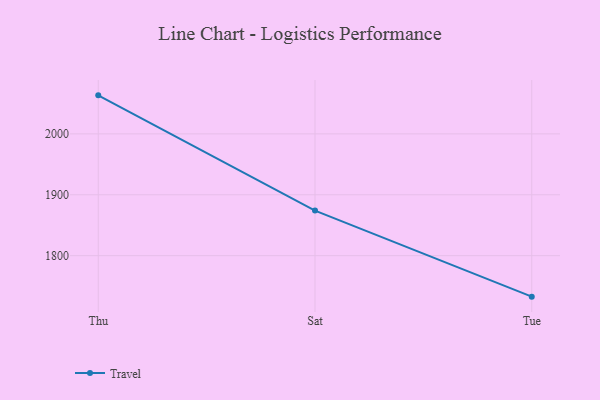
{"axis": {"x": "Day", "y": "Customer Acquisition Cost (USD)"}, "legend": ["Travel"], "data": [{"x": "Thu", "y": 2063.3, "type": "Travel"}, {"x": "Sat", "y": 1874.0, "type": "Travel"}, {"x": "Tue", "y": 1732.7, "type": "Travel"}]}